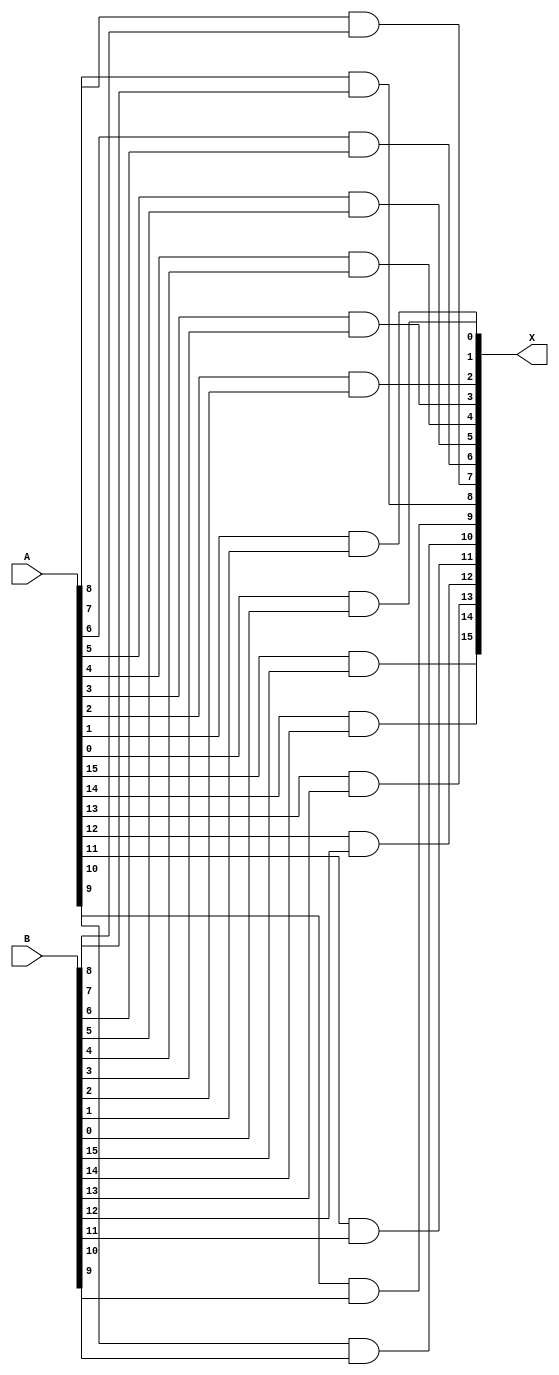
module BAND16(input [15:0] A, input [15:0] B, output [15:0] X);

assign X[15] = A[15]&B[15];
assign X[14] = A[14]&B[14];
assign X[13] = A[13]&B[13];
assign X[12] = A[12]&B[12];
assign X[11] = A[11]&B[11];
assign X[10] = A[10]&B[10];
assign X[9] = A[9]&B[9];
assign X[8] = A[8]&B[8];
assign X[7] = A[7]&B[7];
assign X[6] = A[6]&B[6];
assign X[5] = A[5]&B[5];
assign X[4] = A[4]&B[4];
assign X[3] = A[3]&B[3];
assign X[2] = A[2]&B[2];
assign X[1] = A[1]&B[1];
assign X[0] = A[0]&B[0];

endmodule